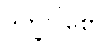
ဒုက္ခဝါစော